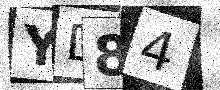
Text: YD84